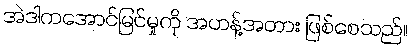
အဲဒါကအောင်မြင်မှုကို အဟန့်အတား ဖြစ်စေသည်။